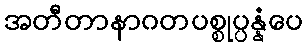
အတီတာနာဂတပစ္စုပ္ပန္နံပေ